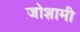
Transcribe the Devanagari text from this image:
जोशामी